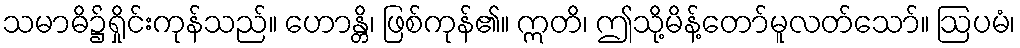
သမာဓိ၌ရှိုင်းကုန်သည်။ ဟောန္တိ၊ ဖြစ်ကုန်၏။ ဣတိ၊ ဤသို့မိန့်တော်မူလတ်သော်။ ဩပမံ၊